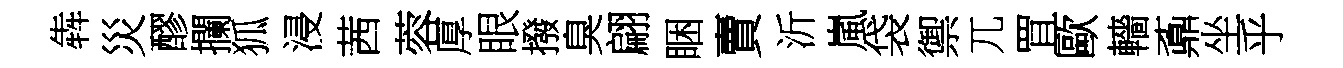
犇災醪攔狐浸茜蓉厚眼撥臭翩睏賣沂嵐袋禦兀罝歐轖鼒坐乎